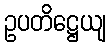
ဥပတိဋ္ဌေယျ